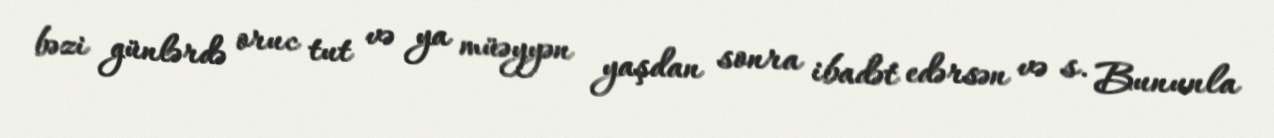
bəzi günlərdə oruc tut və ya müəyyən yaşdan sonra ibadət edərsən və s. Bununla